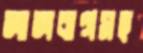
লালবাগসহ